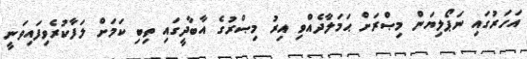
އަހަރުގައި ނަޕޯލިޔަން މިޞްރަށް ޙަމަލާދެއްވި އިރު މިޞްރުގެ އާބާދީގައި ތިބި ކަމަށް ލަފާކުރެވިފައިވަނީ